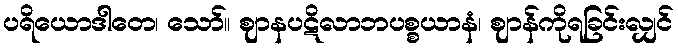
ပရိယောဒါတေ၊ သော်။ ဈာနပဋိလာဘပစ္စယာနံ၊ ဈာန်ကိုရခြင်းလျှင်